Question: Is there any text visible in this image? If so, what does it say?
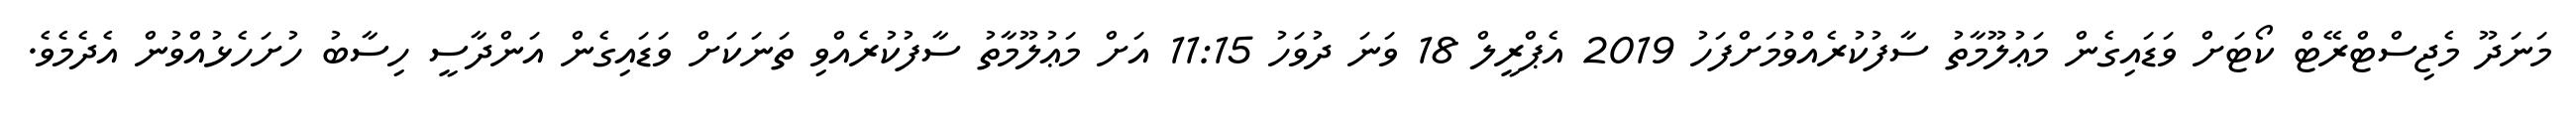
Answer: މަނަދޫ މެޖިސްޓްރޭޓް ކޯޓަށް ވަޑައިގެން މަޢުލޫމާތު ސާފުކުރެއްވުމަށްފަހު 2019 އެޕްރީލް 18 ވަނަ ދުވަހު 11:15 އަށް މަޢުލޫމާތު ސާފުކުރެއްވި ތަނަކަށް ވަޑައިގެން އަންދާސީ ހިސާބު ހުށަހެޅުއްވުން އެދެމެވެ.